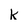
Character: k